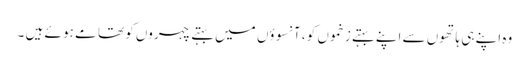
وہ اپنے ہی ہاتھوں سے اپنے بہتے زخموں کو ، آنسوؤں میں بہتے چہروں کو تھا مے ہو ئے ہیں ۔